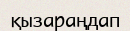
қызараңдап